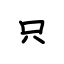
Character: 只